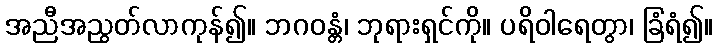
အညီအညွတ်လာကုန်၍။ ဘဂဝန္တံ၊ ဘုရားရှင်ကို။ ပရိဝါရေတွာ၊ ခြံရံ၍။